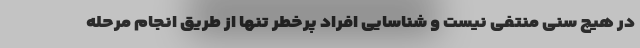
در هیچ سنی منتفی نیست و شناسایی افراد پرخطر تنها از طریق انجام مرحله